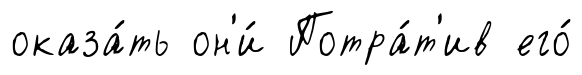
оказа́ть он'и́ Потра́т'ив его́